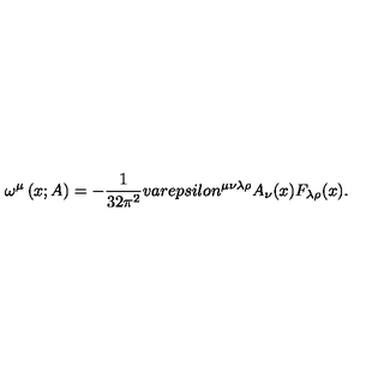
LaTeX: \omega ^ { \mu } \left( x ; A \right) = - \frac { 1 } { 3 2 \pi ^ { 2 } } v a r e p s i l o n ^ { \mu \nu \lambda \rho } A _ { \nu } ( x ) F _ { \lambda \rho } ( x ) .